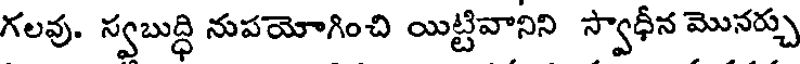
గలవు. స్వబుద్ధి నుపయోగించి యిట్టివానిని స్వాధీన మొనర్చు